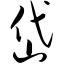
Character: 岱